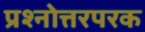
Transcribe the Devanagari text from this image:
प्रश्नोत्तरपरक